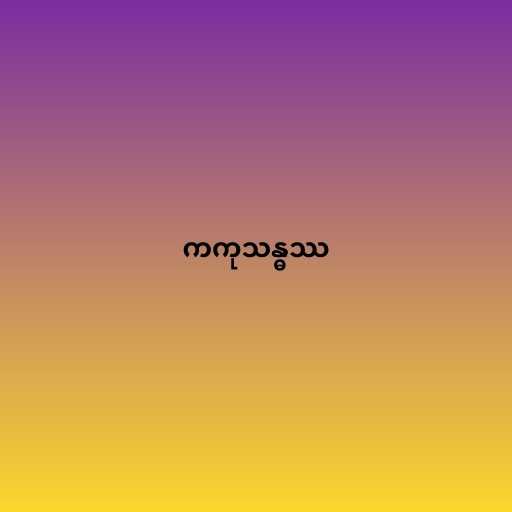
ကကုသန္ဓဿ